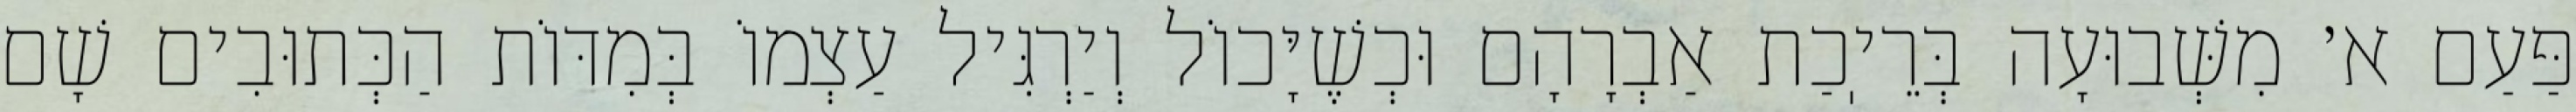
פַּעַם א׳ מִשְּׁבוּעָה בְּרֵיֽכַת אַבְרָהָם וּכְשֶׁיָּכוֹל וְיַרְגִּיל עַצְמוֹ בְּמִדּוֹת הַכְּתוּבִים שָׁם